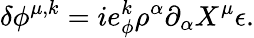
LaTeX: \delta\phi^{\mu,k}=ie_{\phi}^{k}\rho^{\alpha}\partial_{\alpha}X^{\mu}\epsilon.